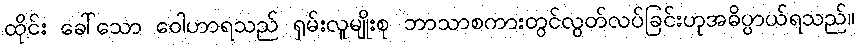
ထိုင်း ခေါ်သော ဝေါဟာရသည် ရှမ်းလူမျိုးစု ဘာသာစကားတွင်လွတ်လပ်ခြင်းဟုအဓိပ္ပာယ်ရသည်။